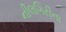
નીલગિરીના